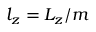
l _ { z } = L _ { z } / m